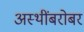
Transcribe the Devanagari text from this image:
अस्थींबरोबर